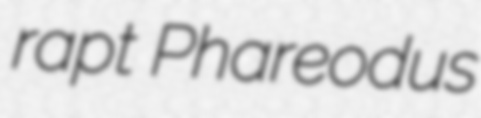
rapt Phareodus